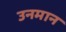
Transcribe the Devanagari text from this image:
उनमान